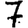
Digit: 7